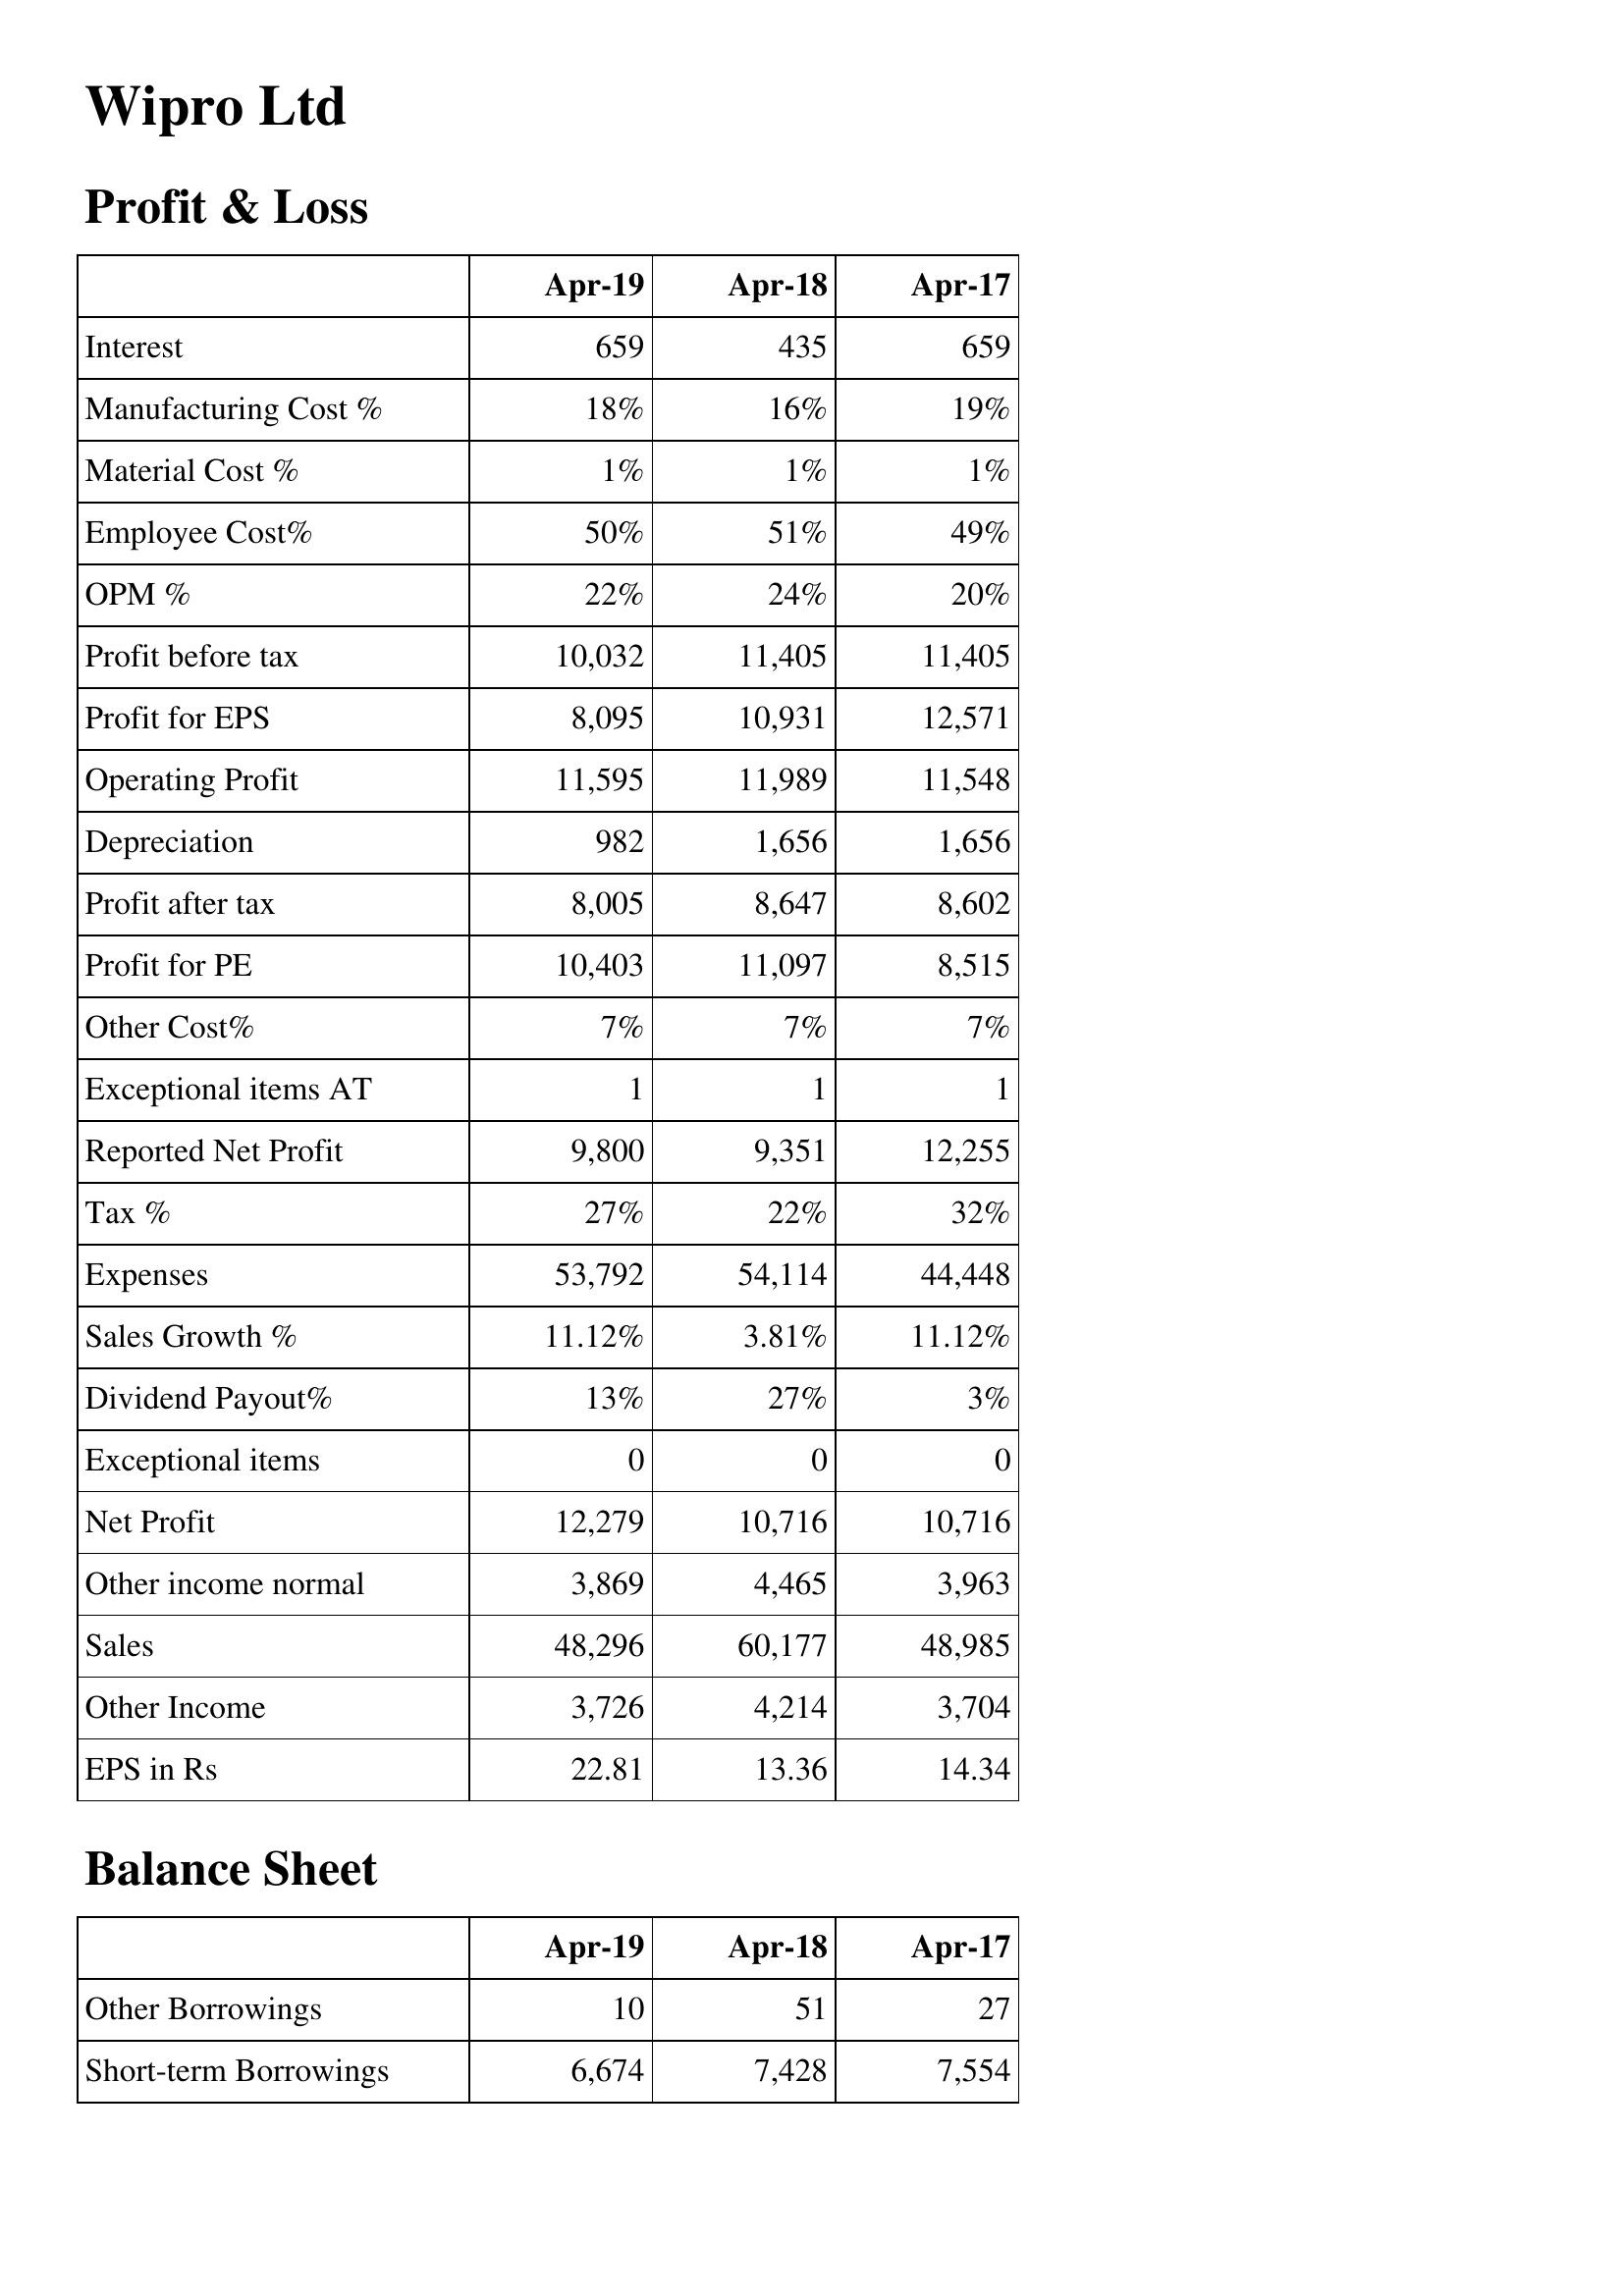
Apr-19: Profit & Loss: Interest: 659
Manufacturing Cost %: 18%
Material Cost %: 1%
Employee Cost%: 50%
OPM %: 22%
Profit before tax: 10,032
Profit for EPS: 8,095
Operating Profit: 11,595
Depreciation: 982
Profit after tax: 8,005
Profit for PE: 10,403
Other Cost%: 7%
Exceptional items AT: 1
Reported Net Profit: 9,800
Tax %: 27%
Expenses: 53,792
Sales Growth %: 11.12%
Dividend Payout%: 13%
Exceptional items: 0
Net Profit: 12,279
Other income normal: 3,869
Sales: 48,296
Other Income: 3,726
EPS in Rs: 22.81
Balance Sheet: Other Borrowings: 10
Short-term Borrowings: 6,674
Apr-18: Profit & Loss: Interest: 435
Manufacturing Cost %: 16%
Material Cost %: 1%
Employee Cost%: 51%
OPM %: 24%
Profit before tax: 11,405
Profit for EPS: 10,931
Operating Profit: 11,989
Depreciation: 1,656
Profit after tax: 8,647
Profit for PE: 11,097
Other Cost%: 7%
Exceptional items AT: 1
Reported Net Profit: 9,351
Tax %: 22%
Expenses: 54,114
Sales Growth %: 3.81%
Dividend Payout%: 27%
Exceptional items: 0
Net Profit: 10,716
Other income normal: 4,465
Sales: 60,177
Other Income: 4,214
EPS in Rs: 13.36
Balance Sheet: Other Borrowings: 51
Short-term Borrowings: 7,428
Apr-17: Profit & Loss: Interest: 659
Manufacturing Cost %: 19%
Material Cost %: 1%
Employee Cost%: 49%
OPM %: 20%
Profit before tax: 11,405
Profit for EPS: 12,571
Operating Profit: 11,548
Depreciation: 1,656
Profit after tax: 8,602
Profit for PE: 8,515
Other Cost%: 7%
Exceptional items AT: 1
Reported Net Profit: 12,255
Tax %: 32%
Expenses: 44,448
Sales Growth %: 11.12%
Dividend Payout%: 3%
Exceptional items: 0
Net Profit: 10,716
Other income normal: 3,963
Sales: 48,985
Other Income: 3,704
EPS in Rs: 14.34
Balance Sheet: Other Borrowings: 27
Short-term Borrowings: 7,554